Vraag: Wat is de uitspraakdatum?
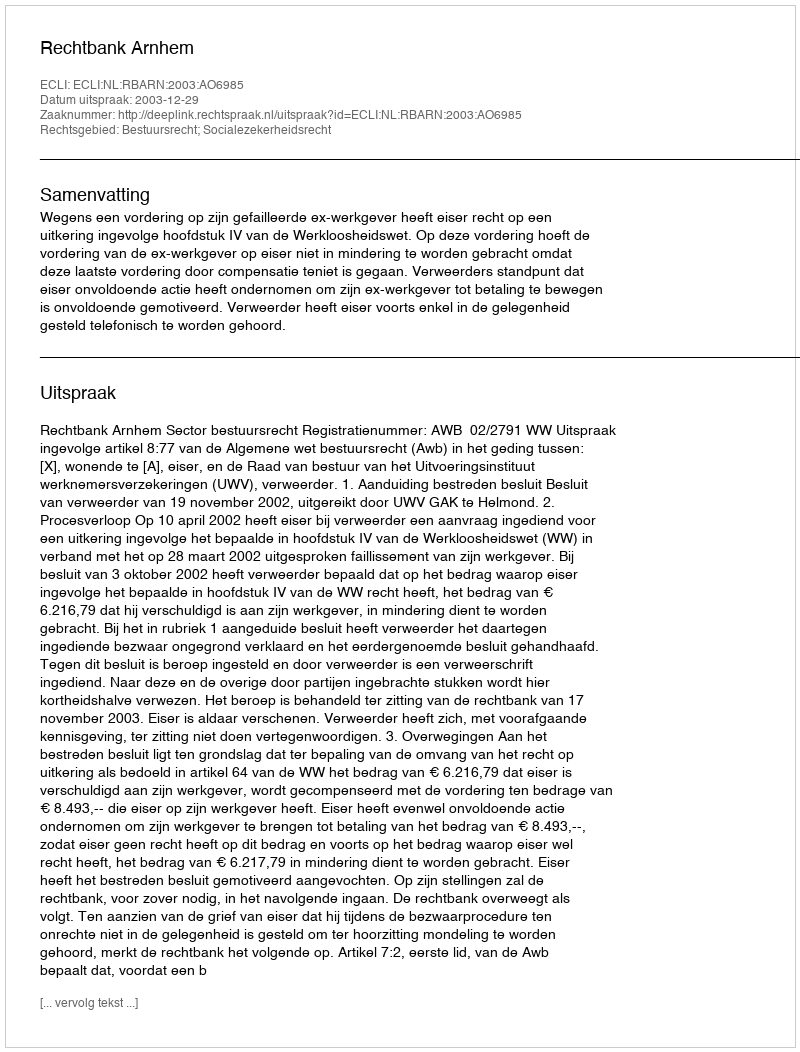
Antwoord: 2003-12-29